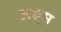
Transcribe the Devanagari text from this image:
असुम